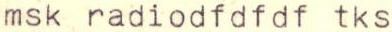
msk radiodfdfdf tks